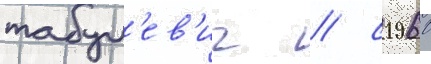
табул'ев'ич / с 1960